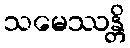
သမေဿန္တိ